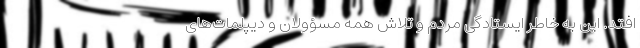
‌افتد. این به خاطر ایستادگی مردم و تلاش همه مسؤولان و دیپلمات‌های